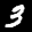
Label: 3